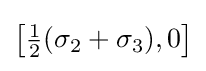
\left[{\tfrac {1}{2}}(\sigma _{2}+\sigma _{3}),0\right]